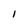
Character: 1